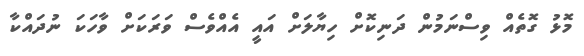
މޮޅު ގޮތެއް ވިސްނަމުން ދަނިކޮށް ހިޔާލަށް އައީ އެއްވެސް ވަރަކަށް ވާހަކަ ނުދައްކާ